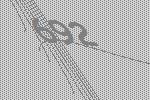
692